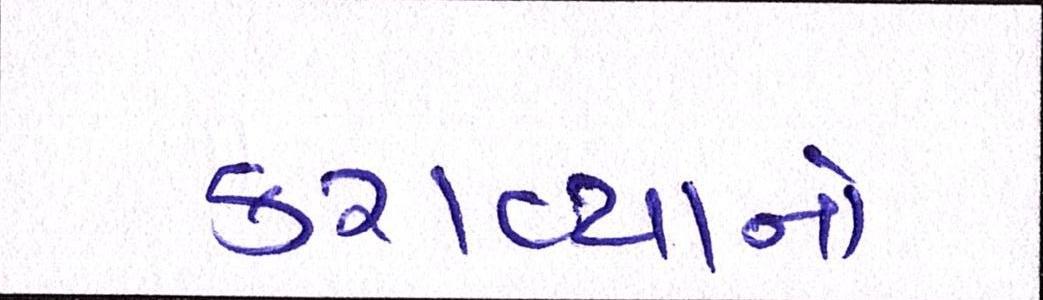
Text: કરાવ્યાનો